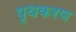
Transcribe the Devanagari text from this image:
पृथकरण